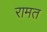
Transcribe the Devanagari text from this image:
रामत